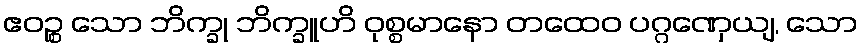
ဧဝဉ္စ သော ဘိက္ခု ဘိက္ခူဟိ ဝုစ္စမာနော တထေဝ ပဂ္ဂဏှေယျ, သော